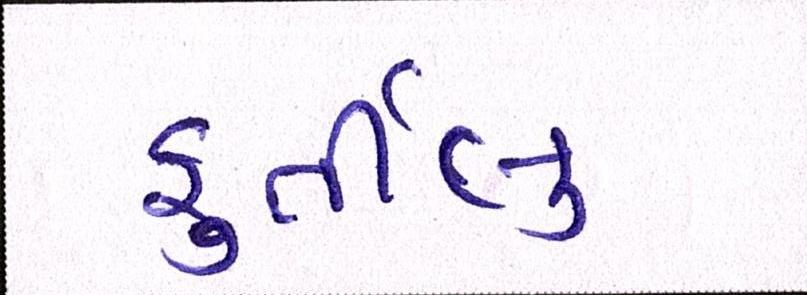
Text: ફુર્તીલુ